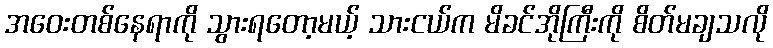
အဝေးတစ်နေရာကို သွားရတော့မယ့် သားငယ်က မိခင်အိုကြီးကို စိတ်မချသလို